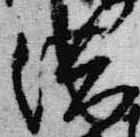
供